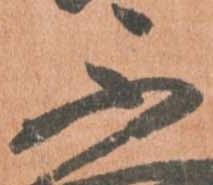
不